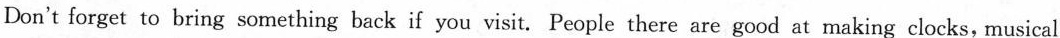
Don't forget to bring something back if you visit. People there are good at making clocks, musical